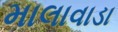
માલાવાડા